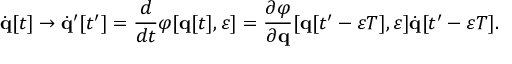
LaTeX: { \dot { \mathbf { q } } } [ t ] \rightarrow { \dot { \mathbf { q } } } ^ { \prime } [ t ^ { \prime } ] = { \frac { d } { d t } } \varphi [ \mathbf { q } [ t ] , \varepsilon ] = { \frac { \partial \varphi } { \partial \mathbf { q } } } [ \mathbf { q } [ t ^ { \prime } - \varepsilon T ] , \varepsilon ] { \dot { \mathbf { q } } } [ t ^ { \prime } - \varepsilon T ] .